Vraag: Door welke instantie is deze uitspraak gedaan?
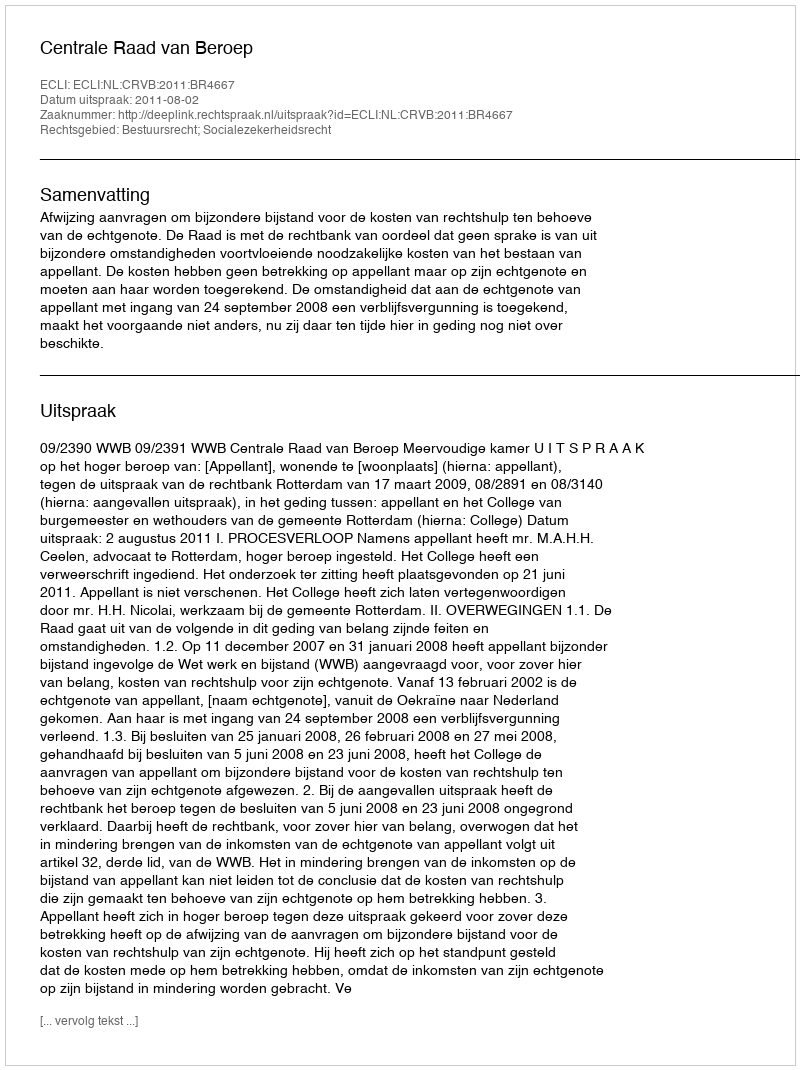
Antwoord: Centrale Raad van Beroep